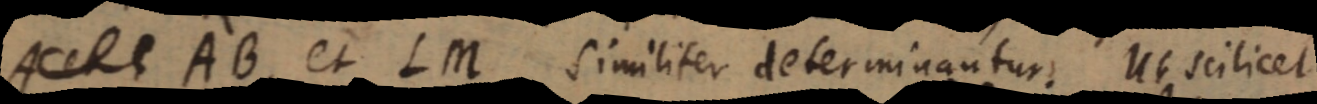
A et C AB et LM similiter determinantur. Ut scilicet